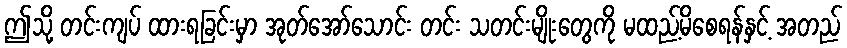
ဤသို့ တင်းကျပ် ထားရခြင်းမှာ အုတ်အော်သောင်း တင်း သတင်းမျိုးတွေကို မထည့်မိစေရန်နှင့် အတည်